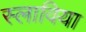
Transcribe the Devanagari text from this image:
स्लाविया